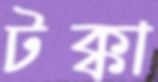
টক্কা